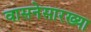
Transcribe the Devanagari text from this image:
वासनेसारख्या